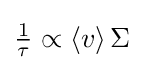
{\textstyle {\frac {1}{\tau }}\propto \left\langle v\right\rangle \Sigma }